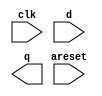
// Create 8 D flip-flops with active high asynchronous reset. All DFFs should be triggered by the positive edge of clk.

// Hint: The only difference in code between synchronous and asynchronous reset flip-flops is in the sensitivity list.

module top_module (
    input clk,
    input areset,   // active high asynchronous reset
    input [7:0] d,
    output [7:0] q
);

	// Insert your code here

endmodule